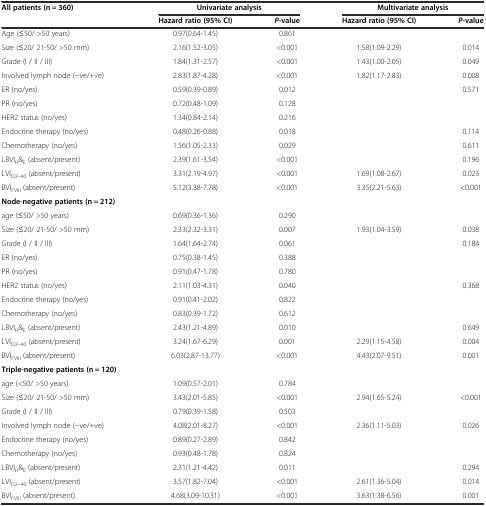
<table><thead><tr><td rowspan="2"><b>All patients (n = 360)</b></td><td colspan="2"><b>Univariate analysis</b></td><td colspan="2"><b>Multivariate analysis</b></td></tr><tr><td><b>Hazard ratio (95% CI)</b></td><td><b><i>P</i>-value</b></td><td><b>Hazard ratio (95% CI)</b></td><td><b><i>P</i>-value</b></td></tr></thead><tbody><tr><td>Age (≤50/ &gt;50 years)</td><td>0.97(0.64-1.45)</td><td>0.861</td><td>[EMPTY_CELL]</td><td>[EMPTY_CELL]</td></tr><tr><td>Size (≤20/ 21-50/ &gt;50 mm)</td><td>2.16(1.52-3.05)</td><td>&lt;0.001</td><td>1.58(1.09-2.29)</td><td>0.014</td></tr><tr><td>Grade (I / II / III)</td><td>1.84(1.31-2.57)</td><td>&lt;0.001</td><td>1.43(1.00-2.05)</td><td>0.049</td></tr><tr><td>Involved lymph node (-ve/+ve)</td><td>2.83(1.87-4.28)</td><td>&lt;0.001</td><td>1.82(1.17-2.83)</td><td>0.008</td></tr><tr><td>ER (no/yes)</td><td>0.59(0.39-0.89)</td><td>0.012</td><td>[EMPTY_CELL]</td><td>0.571</td></tr><tr><td>PR (no/yes)</td><td>0.72(0.48-1.09)</td><td>0.128</td><td>[EMPTY_CELL]</td><td>[EMPTY_CELL]</td></tr><tr><td>HER2 status (no/yes)</td><td>1.34(0.84-2.14)</td><td>0.216</td><td>[EMPTY_CELL]</td><td>[EMPTY_CELL]</td></tr><tr><td>Endocrine therapy (no/yes)</td><td>0.48(0.26-0.88)</td><td>0.018</td><td>[EMPTY_CELL]</td><td>0.114</td></tr><tr><td>Chemotherapy (no/yes)</td><td>1.56(1.05-2.33)</td><td>0.029</td><td>[EMPTY_CELL]</td><td>0.611</td></tr><tr><td>LBVI<sub>H</sub>&amp;<sub>E</sub> (absent/present)</td><td>2.39(1.61-3.54)</td><td>&lt;0.001</td><td>[EMPTY_CELL]</td><td>0.196</td></tr><tr><td>LVI<sub>D2–40</sub> (absent/present)</td><td>3.31(2.19-4.97)</td><td>&lt;0.001</td><td>1.69(1.08-2.67)</td><td>0.023</td></tr><tr><td>BVI<sub>FVIII</sub> (absent/present)</td><td>5.12(3.38-7.78)</td><td>&lt;0.001</td><td>3.35(2.21-5.63)</td><td>&lt;0.001</td></tr><tr><td><b>Node-negative patients (n = 212)</b></td><td>[EMPTY_CELL]</td><td>[EMPTY_CELL]</td><td>[EMPTY_CELL]</td><td>[EMPTY_CELL]</td></tr><tr><td>age (≤50/ &gt;50 years)</td><td>0.69(0.36-1.36)</td><td>0.290</td><td>[EMPTY_CELL]</td><td>[EMPTY_CELL]</td></tr><tr><td>Size (≤20/ 21-50/ &gt;50 mm)</td><td>2.33(2.32-3.31)</td><td>0.007</td><td>1.93(1.04-3.59)</td><td>0.038</td></tr><tr><td>Grade (I / II / III)</td><td>1.64(1.64-2.74)</td><td>0.061</td><td>[EMPTY_CELL]</td><td>0.184</td></tr><tr><td>ER (no/yes)</td><td>0.75(0.38-1.45)</td><td>0.388</td><td>[EMPTY_CELL]</td><td>[EMPTY_CELL]</td></tr><tr><td>PR (no/yes)</td><td>0.91(0.47-1.78)</td><td>0.780</td><td>[EMPTY_CELL]</td><td>[EMPTY_CELL]</td></tr><tr><td>HER2 status (no/yes)</td><td>2.11(1.03-4.31)</td><td>0.040</td><td>[EMPTY_CELL]</td><td>0.368</td></tr><tr><td>Endocrine therapy (no/yes)</td><td>0.91(0.41-2.02)</td><td>0.822</td><td>[EMPTY_CELL]</td><td>[EMPTY_CELL]</td></tr><tr><td>Chemotherapy (no/yes)</td><td>0.83(0.39-1.72)</td><td>0.612</td><td>[EMPTY_CELL]</td><td>[EMPTY_CELL]</td></tr><tr><td>LBVI<sub>H</sub>&amp;<sub>E</sub> (absent/present)</td><td>2.43(1.21-4.89)</td><td>0.010</td><td>[EMPTY_CELL]</td><td>0.649</td></tr><tr><td>LVI<sub>D2–40</sub> (absent/present)</td><td>3.24(1.67-6.29)</td><td>0.001</td><td>2.29(1.15-4.58)</td><td>0.004</td></tr><tr><td>BVI<sub>FVIII</sub> (absent/present)</td><td>6.03(2.87-13.77)</td><td>&lt;0.001</td><td>4.43(2.07-9.51)</td><td>0.001</td></tr><tr><td><b>Triple-negative patients (n = 120)</b></td><td>[EMPTY_CELL]</td><td>[EMPTY_CELL]</td><td>[EMPTY_CELL]</td><td>[EMPTY_CELL]</td></tr><tr><td>age (&lt;50/ &gt;50 years)</td><td>1.09(0.57-2.01)</td><td>0.784</td><td>[EMPTY_CELL]</td><td>[EMPTY_CELL]</td></tr><tr><td>Size (≤20/ 21-50/ &gt;50 mm)</td><td>3.43(2.01-5.85)</td><td>&lt;0.001</td><td>2.94(1.65-5.24)</td><td>&lt;0.001</td></tr><tr><td>Grade (I / II / III)</td><td>0.79(0.39-1.58)</td><td>0.503</td><td>[EMPTY_CELL]</td><td>[EMPTY_CELL]</td></tr><tr><td>Involved lymph node (-ve/+ve)</td><td>4.08(2.01-8.27)</td><td>&lt;0.001</td><td>2.36(1.11-5.03)</td><td>0.026</td></tr><tr><td>Endocrine therapy (no/yes)</td><td>0.89(0.27-2.89)</td><td>0.842</td><td>[EMPTY_CELL]</td><td>[EMPTY_CELL]</td></tr><tr><td>Chemotherapy (no/yes)</td><td>0.93(0.48-1.78)</td><td>0.824</td><td>[EMPTY_CELL]</td><td>[EMPTY_CELL]</td></tr><tr><td>LBVI<sub>H</sub>&amp;<sub>E</sub> (absent/present)</td><td>2.31(1.21-4.42)</td><td>0.011</td><td>[EMPTY_CELL]</td><td>0.294</td></tr><tr><td>LVI<sub>D2–40</sub> (absent/present)</td><td>3.57(1.82-7.04)</td><td>&lt;0.001</td><td>2.61(1.36-5.04)</td><td>0.014</td></tr><tr><td>BVI<sub>FVIII</sub> (absent/present)</td><td>4.68(3.09-10.31)</td><td>&lt;0.001</td><td>3.63(1.38-6.56)</td><td>0.001</td></tr></tbody></table>